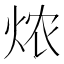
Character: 㶶